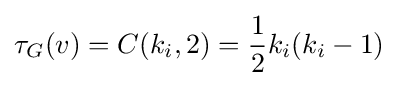
\tau _{G}(v)=C({k_{i}},2)={\frac {1}{2}}k_{i}(k_{i}-1)